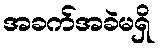
အခက်အခဲမရှိ